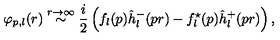
\varphi _ { p , l } ( r ) \stackrel { r \rightarrow \infty } { \sim } \frac i 2 \left( f _ { l } ( p ) \hat { h } _ { l } ^ { - } ( p r ) - f _ { l } ^ { \star } ( p ) \hat { h } _ { l } ^ { + } ( p r ) \right) ,